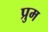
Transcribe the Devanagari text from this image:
प्रुम